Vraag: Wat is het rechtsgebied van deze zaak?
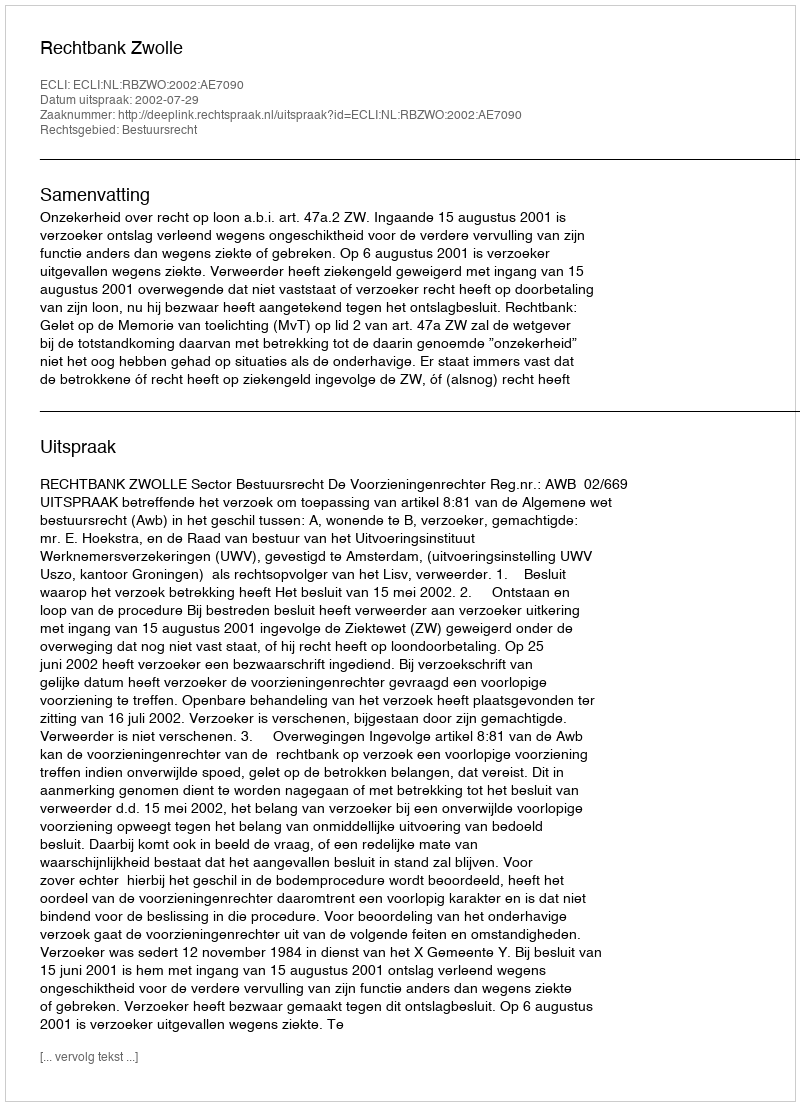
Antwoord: Bestuursrecht